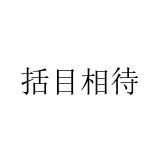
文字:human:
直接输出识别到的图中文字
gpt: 括目相待